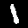
Label: 1